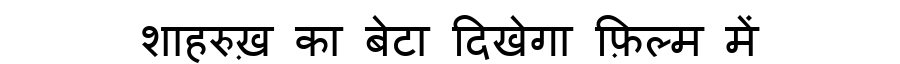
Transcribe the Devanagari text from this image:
शाहरुख़ का बेटा दिखेगा फ़िल्म में